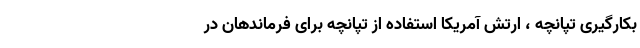
بکارگیری تپانچه ، ارتش آمریکا استفاده از تپانچه برای فرماندهان در